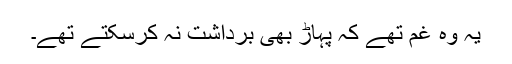
یہ وہ غم تھے کہ پہاڑ بھی برداشت نہ کرسکتے تھے۔